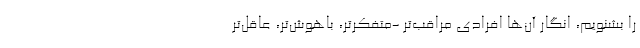
را بشنویم، انگار آن‌ها افرادی مراقب‌تر -متفکرتر، باهوش‌تر، عاقل‌تر